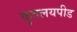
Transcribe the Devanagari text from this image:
कुवलयपीड